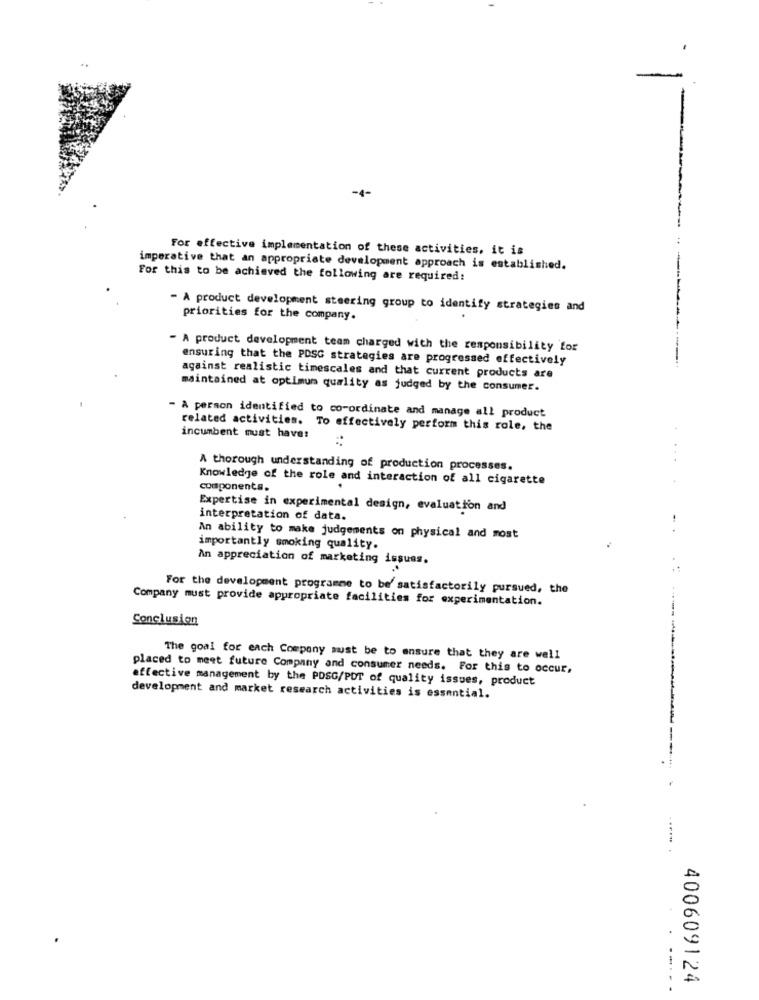
-
-4-
For effective implementation of these activities, it is
imperative that an appropriate development approach is established.
For this to be achieved the following are required:
- A product development steering group to identify strategies and
priorities for the company.
- A product development team charged with the responsibility for
ensuring that the PDSG strategies are progressed effectively
against realistic timescales and that current products are
maintained at optimum quality as judged by the consumer.
- A person identified to co-ordinate and manage all product
related activities. To effectively perform this role, the
incumbent must have:
A thorough understanding of production processes.
Knowledge of the role and interaction of all cigarette
components.
Expertise in experimental design, evaluation and
interpretation of data.
An ability to make judgements on physical and most
importantly smoking quality.
An appreciation of marketing issues.
For the development programme to be satisfactorily pursued, the
Company must provide appropriate facilities for experimentation.
Conclusion
The goal for each Company must be to ensure that they are well
placed to meet future Company and consumer needs. For this to occur,
effective management by the POSG/POT of quality issues, product
development and market research activities is essential.
--.
400609124